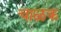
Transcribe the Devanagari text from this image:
चाळक